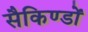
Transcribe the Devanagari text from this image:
सैकिण्डों